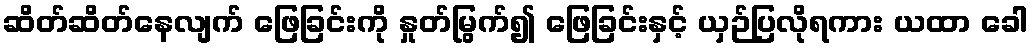
ဆိတ်ဆိတ်နေလျက် ဖြေခြင်းကို နှုတ်မြွက်၍ ဖြေခြင်းနှင့် ယှဉ်ပြလိုရကား ယထာ ခေါ